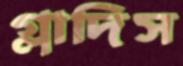
গ্লাদিস